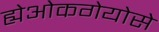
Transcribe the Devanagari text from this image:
ह्येओकगेयोसे